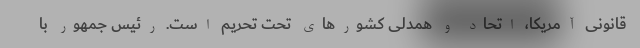
قانونی آمریکا، اتحاد و همدلی کشورهای تحت تحریم است. رئیس جمهور با